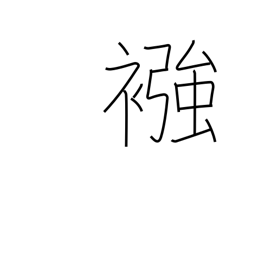
Meaning: diaper